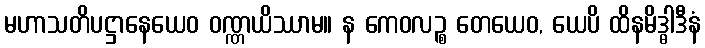
မဟာသတိပဋ္ဌာနေယေဝ ဝဏ္ဏယိဿာမ။ န ကေဝလဉ္စ တေယေဝ, ယေပိ ထိနမိဒ္ဓါဒီနံ